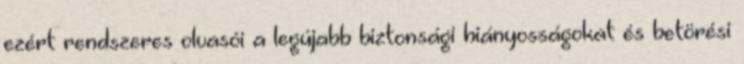
ezért rendszeres olvasói a legújabb biztonsági hiányosságokat és betörési